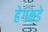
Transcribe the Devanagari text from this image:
हेगकडे